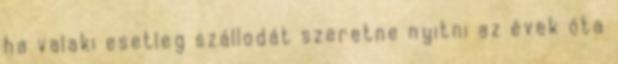
ha valaki esetleg szállodát szeretne nyitni az évek óta